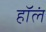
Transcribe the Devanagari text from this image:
हॉलं